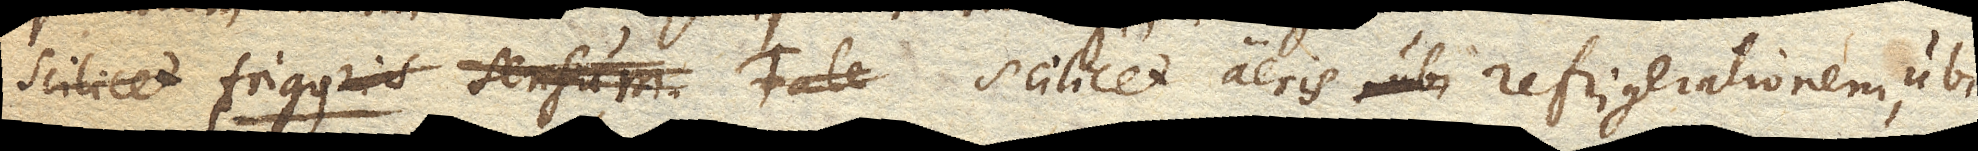
scilice frigoris sensum tale frigus scilicet aeris ubi